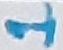
Text: 1